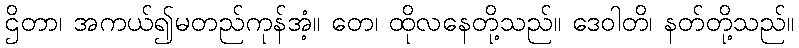
ဌိတာ၊ အကယ်၍မတည်ကုန်အံ့။ တေ၊ ထိုလနေတို့သည်။ ဒေဝါတိ၊ နတ်တို့သည်။